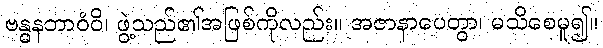
ဗန္ဓနဘာဝံဝိ၊ ဖွဲ့သည်၏အဖြစ်ကိုလည်း။ အဇာနာပေတွာ၊ မသိစေမူ၍။